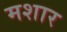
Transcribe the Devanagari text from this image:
मशार